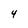
Character: 4